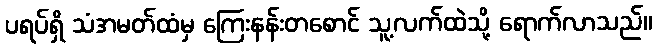
ပရပ်ရှိ သံအမတ်ထံမှ ကြေးနန်းတစောင် သူ့လက်ထဲသို့ ရောက်လာသည်။